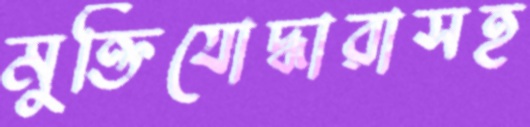
মুক্তিযোদ্ধারাসহ